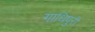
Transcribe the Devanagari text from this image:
गाधिपुरी